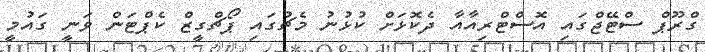
ގްރޫޕް ސްޓޭޖްގައި އޮސްޓްރިއާއާ ދެކޮޅަށް ކުޅުނު މެޗުގައި ޕޯޗްގީޒް ކެޕްޓަން ވަނީ ގައުމީ